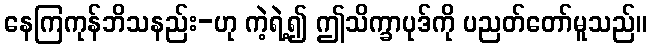
နေကြကုန်ဘိသနည်း-ဟု ကဲ့ရဲ့၍ ဤသိက္ခာပုဒ်ကို ပညတ်တော်မူသည်။